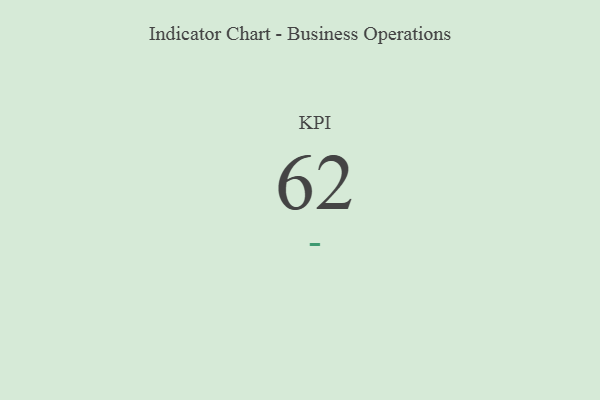
{"axis": {"x": "KPI", "y": "Value"}, "legend": [""], "data": [{"x": "KPI", "y": 62, "type": ""}]}